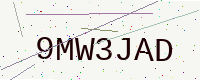
Text: 9MW3JAD